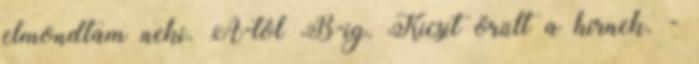
elmondtam neki. A-tól B-ig. Kicsit örült a hírnek. -